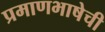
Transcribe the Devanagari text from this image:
प्रमाणभाषेची